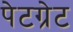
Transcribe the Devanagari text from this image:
पेटग्रेट